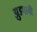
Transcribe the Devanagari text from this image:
झुडपाची